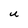
Character: U